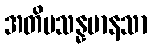
အတိပသန္နမာနသာ